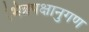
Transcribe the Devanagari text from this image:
भिन्नपक्षानुगण